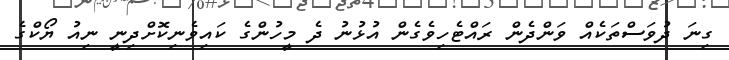
ގިނަ ދުވަސްތަކެއް ވަންދެން ރައްޓެހިވެގެން އުޅުނު ދެ މީހުންގެ ކައިވެނިކޮށްދިނީ ނިއު ޔޯކްގެ